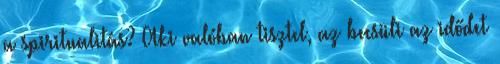
a spiritualitás? Aki valóban tisztel, az becsüli az idődet